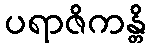
ပရာဇိကန္တိ